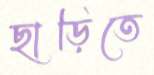
ছাড়িতে